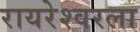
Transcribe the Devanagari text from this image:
रायरेश्वरला